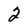
Character: 2